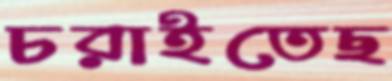
চরাইতেছ